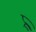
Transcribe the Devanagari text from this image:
प्र्र